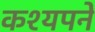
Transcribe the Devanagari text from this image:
कश्यपने